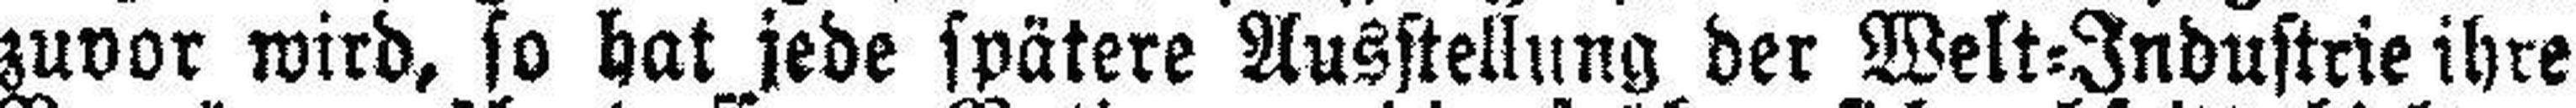
zuvor wird, so hat jede spätere Ausstellung der Welt=Industrie ihre